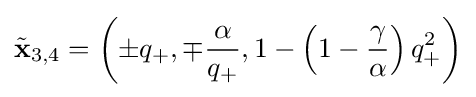
{\tilde {\mathbf {x} }}_{3,4}=\left(\pm q_{+},\mp {\frac {\alpha }{q_{+}}},1-\left(1-{\frac {\gamma }{\alpha }}\right)q_{+}^{2}\right)